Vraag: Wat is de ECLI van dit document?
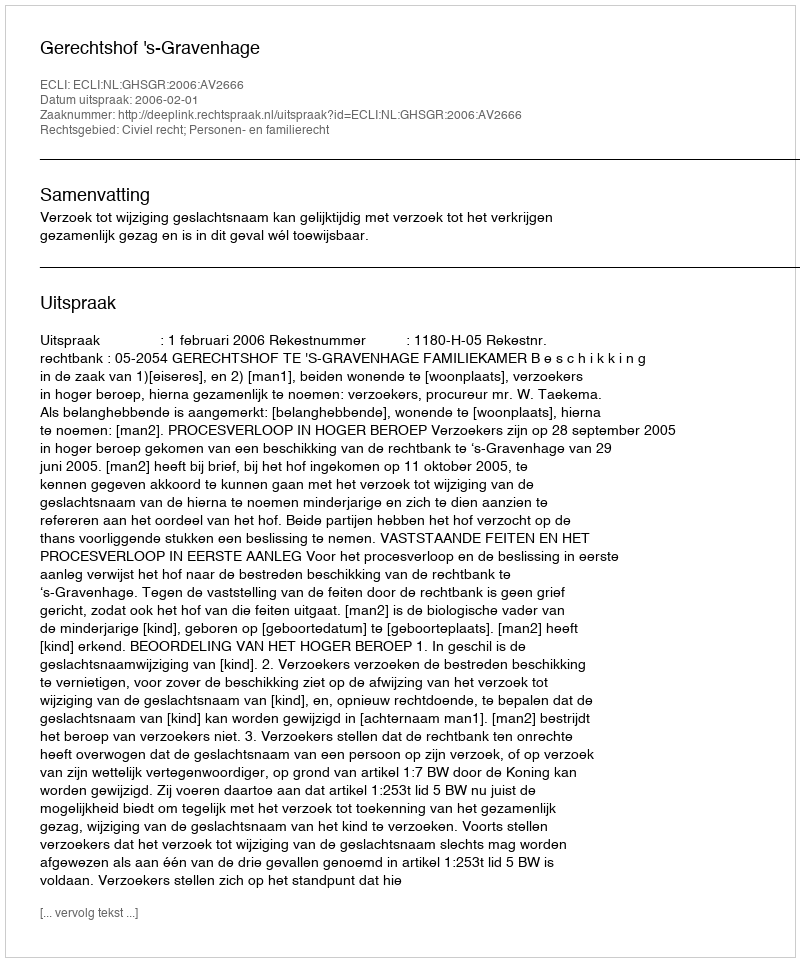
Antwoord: ECLI:NL:GHSGR:2006:AV2666